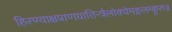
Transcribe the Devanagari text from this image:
हिरण्याक्षप्राणघातिन्त्रैलोक्येमङ्गलम्कुरु॥